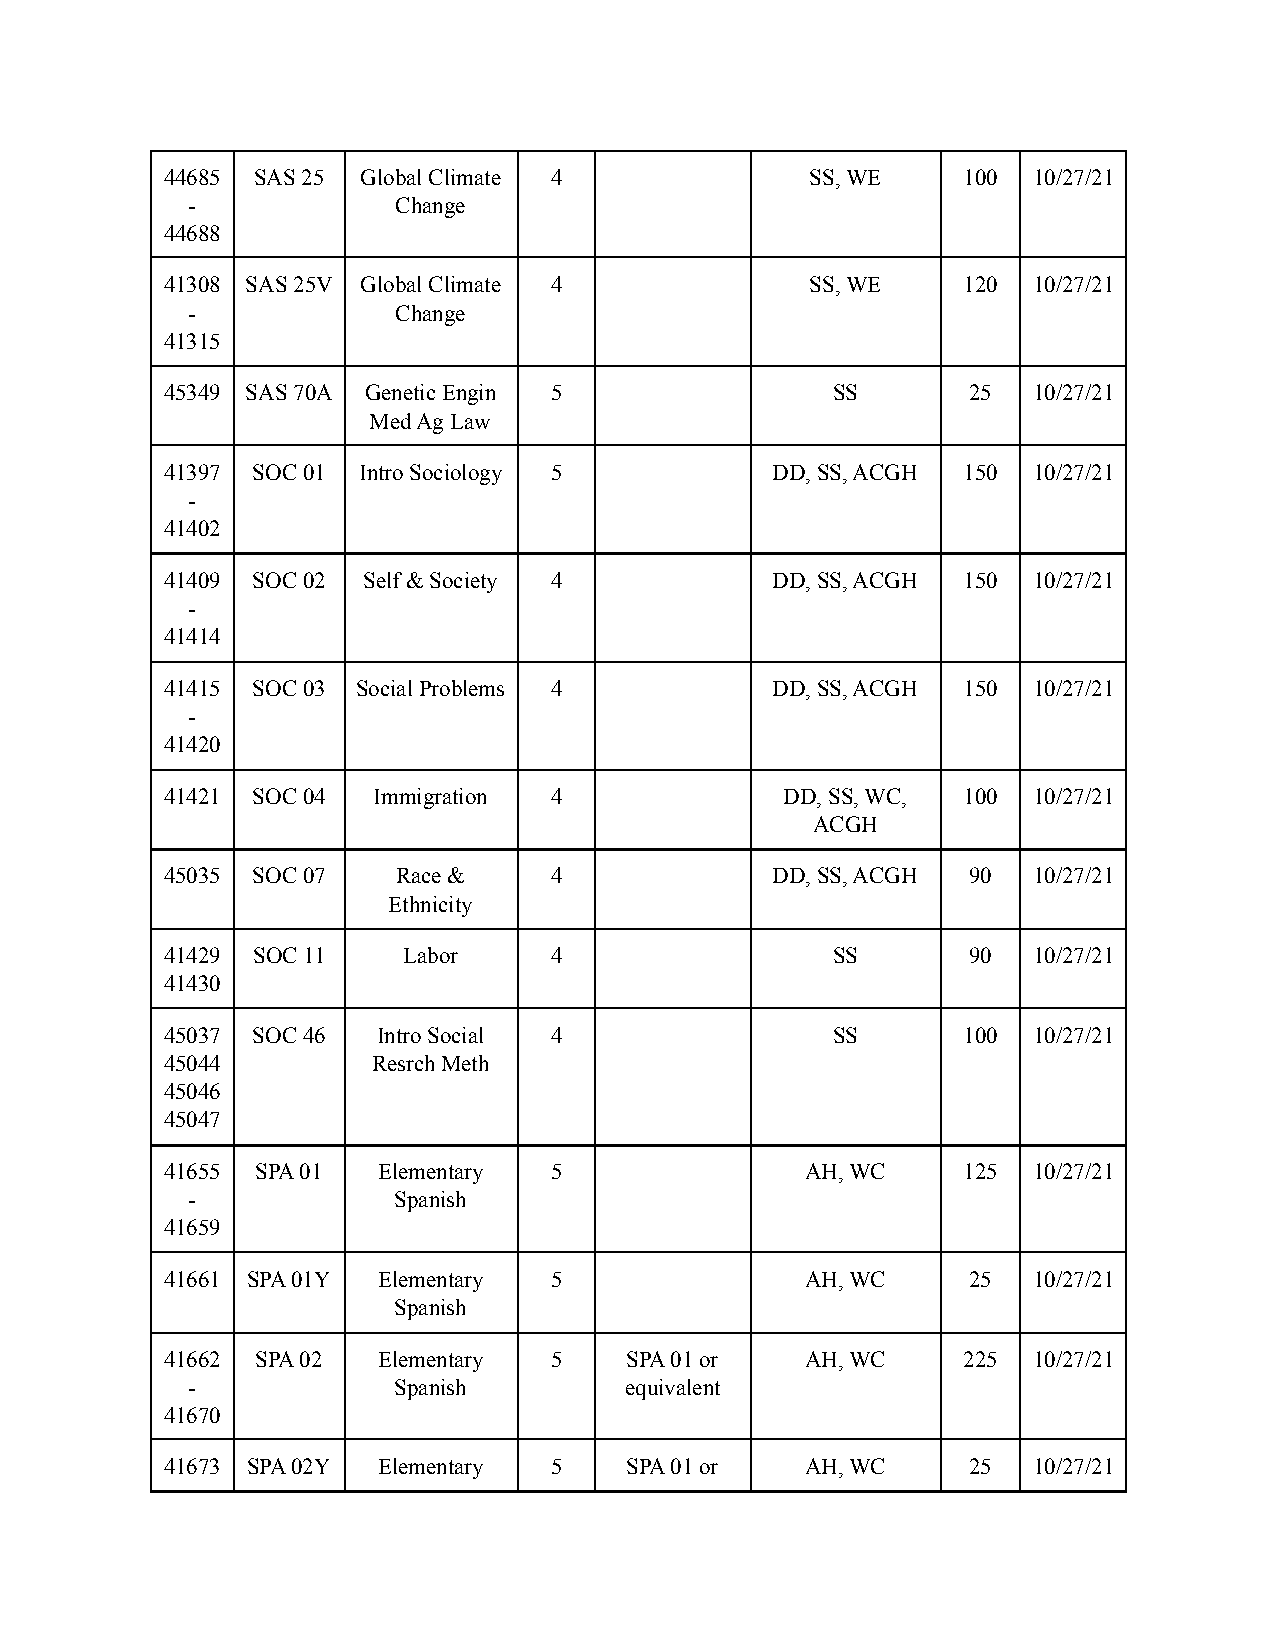
44685 SAS 25 Global Climate 4              SS, WE    100 10/27/21
 -             Change
 44688
 41308 SAS 25V Global Climate 4             SS, WE    120 10/27/21
 -             Change
 41315
 45349 SAS 70A Genetic Engin 5               SS       25  10/27/21
 Med Ag Law
 41397 SOC 01 Intro Sociology 5          DD, SS, ACGH 150 10/27/21
 -
 41402
 41409 SOC 02 Self & Society 4           DD, SS, ACGH 150 10/27/21
 -
 41414
 41415 SOC 03 Social Problems 4          DD, SS, ACGH 150 10/27/21
 -
 41420
 41421 SOC 04  Immigration 4              DD, SS, WC, 100 10/27/21
 ACGH
 45035 SOC 07   Race &    4              DD, SS, ACGH 90  10/27/21
 Ethnicity
 41429 SOC 11    Labor    4                  SS       90  10/27/21
 41430
 45037 SOC 46  Intro Social 4                SS       100 10/27/21
 45044         Resrch Meth
 45046
 45047
 41655 SPA 01  Elementary 5                AH, WC     125 10/27/21
 -             Spanish
 41659
 41661 SPA 01Y Elementary 5                AH, WC     25  10/27/21
 Spanish
 41662 SPA 02  Elementary 5    SPA 01 or   AH, WC     225 10/27/21
 -             Spanish        equivalent
 41670
 41673 SPA 02Y Elementary 5    SPA 01 or   AH, WC     25  10/27/21